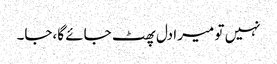
نہیں تو میرا دل پھٹ جائے گا،جا۔